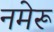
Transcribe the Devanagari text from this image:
नमेरू